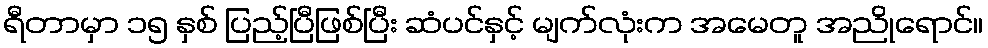
ရီတာမှာ ၁၅ နှစ် ပြည့်ပြီဖြစ်ပြီး ဆံပင်နှင့် မျက်လုံးက အမေတူ အညိုရောင်။